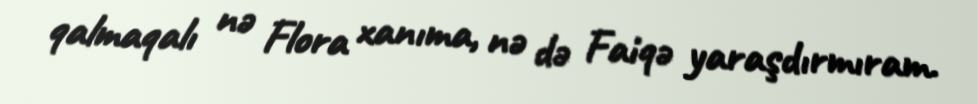
qalmaqalı nə Flora xanıma, nə də Faiqə yaraşdırmıram.